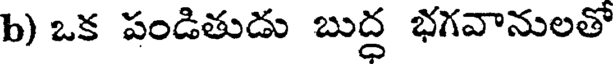
b) ఒక పండితుడు బుద్ధ భగవానులతో